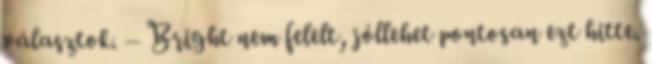
választok. – Bright nem felelt, jóllehet pontosan ezt hitte.